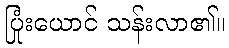
ပြုံးယောင် သန်းလာ၏။